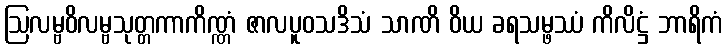
ဩလမ္ဗဝိလမ္ဗသုတ္တကာကိဏ္ဏံ ဇာလပူဝသဒိသံ သာဏိ ဝိယ ခရသမ္ဖဿံ ကိလိဋ္ဌံ ဘာရိကံ